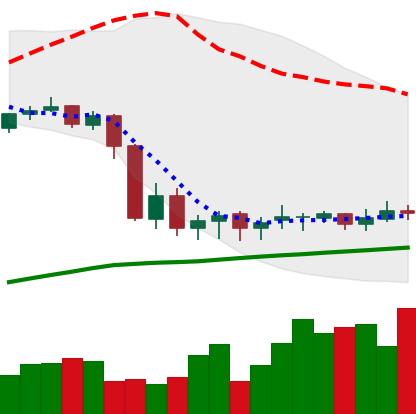
Ticker: DOGE-USD
Chart end date: 2020-09-16
Forward return: -6.936%
Label: down_5_7